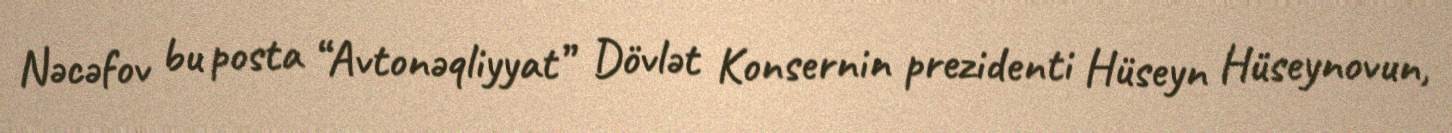
Nəcəfov bu posta “Avtonəqliyyat” Dövlət Konsernin prezidenti Hüseyn Hüseynovun,